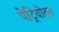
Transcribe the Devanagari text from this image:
पेट्रियोट्स